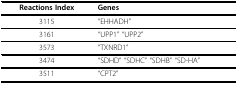
| Reactions Index | Genes |
 | --- | --- |
 | 3115 | "EHHADH" |
 | 3161 | "UPP1" "UPP2" |
 | 3573 | "TXNRD1" |
 | 3474 | "SDHD" "SDHC" "SDHB" "SD-HA" |
 | 3511 | "CPT2" |